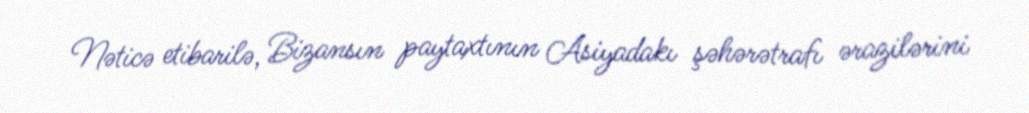
Nəticə etibarilə, Bizansın paytaxtının Asiyadakı şəhərətrafı ərazilərini